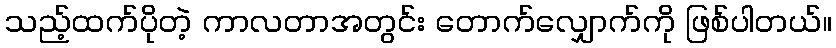
သည့်ထက်ပိုတဲ့ ကာလတာအတွင်း တောက်လျှောက်ကို ဖြစ်ပါတယ်။